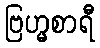
ဗြဟ္မစာရီ